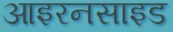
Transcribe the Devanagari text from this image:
आइरनसाइड